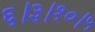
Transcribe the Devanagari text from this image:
६।३।१०।५